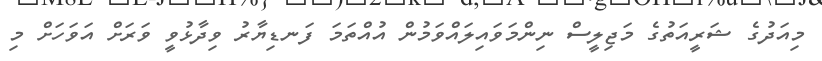
މިއަދުގެ ޝަރީއަތުގެ މަޖިލީސް ނިންމަވައިލައްވަމުން އުއްތަމަ ފަނޑިޔާރު ވިދާޅުވީ ވަރަށް އަވަހަށް މި